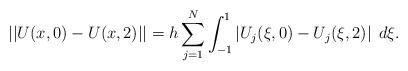
LaTeX: \begin{align*}||U(x,0)-U(x,2)|| = h\sum_{j=1}^N \int_{-1}^{1} \left| U_j(\xi,0) - U_j(\xi,2)\right|\; d\xi.\end{align*}